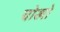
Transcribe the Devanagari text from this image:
चोखो